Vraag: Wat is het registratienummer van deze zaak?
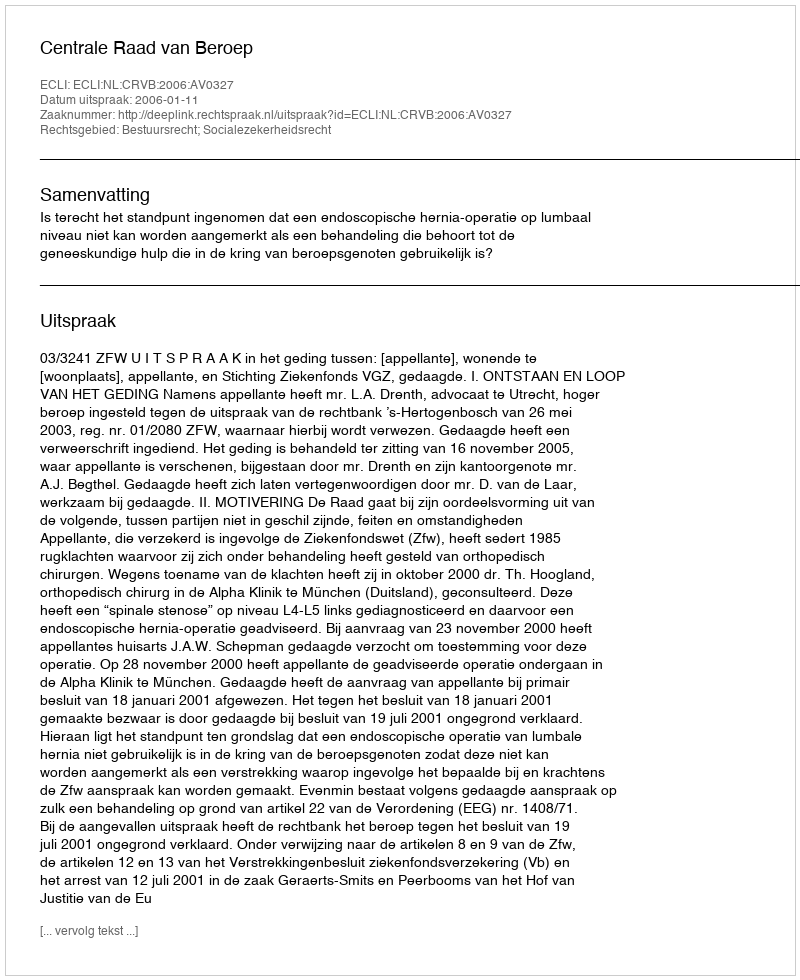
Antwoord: http://deeplink.rechtspraak.nl/uitspraak?id=ECLI:NL:CRVB:2006:AV0327